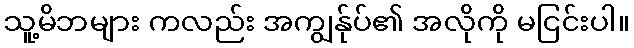
သူ့မိဘများ ကလည်း အကျွန်ုပ်၏ အလိုကို မငြင်းပါ။